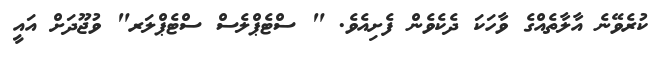
ކުރެވޭޭނެ އާލާތެއްގެ ވާހަކަ ދެކެވެން ފެށިއެވެ. " ސްޓެޕްލެސް ސްޓެޕްލަރ" ވުޖޫދަށް އައީ